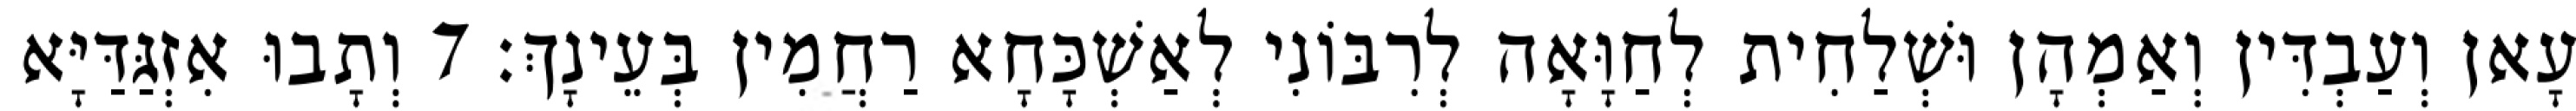
עָאן וְעַבְדִּין וְאַמְהָן וּשְׁלַחִית לְחַוָּאָה לְרִבּוֹנִי לְאַשְׁכָּחָא רַחֲמִין בְּעֵינָךְ׃ 7 וְתָבוּ אִזְגַּדַּיָּא